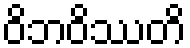
ဝိဘဝိဿတိ